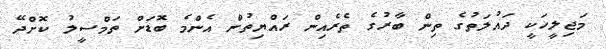
މަޖިލީހަކީ ދައުލަތުގެ ތިން ބާރުގެ ތެރެއިން ރައްޔިތުން އެންމެ ބޮޑަށް ތަމްސީލު ކޮށްދޭ